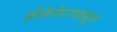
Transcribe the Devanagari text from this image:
होतेलेरापासून